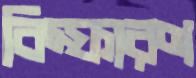
বিস্ফারণ